Sanitation, dispensaries and jails vaccination Rajputana 1922-1927 - 1922-1927
Year: 1922
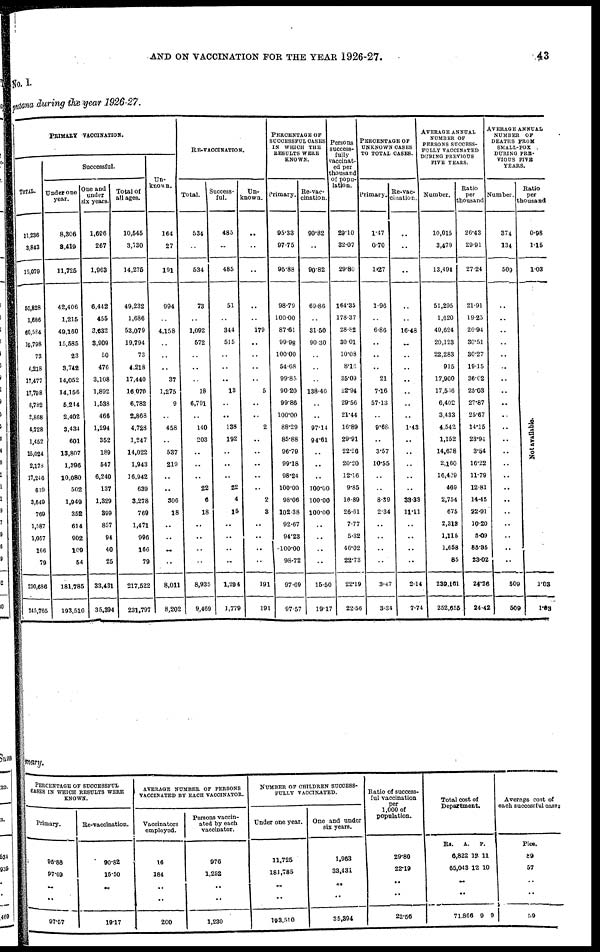
AND ON VACCINATION FOR THE YEAR 1926.27.
43
No.I
puatna during the year 1926-27.
PRIMARY VACCINATION.
TOTAL
11,236
3,843
15,079
50,828
1,686
60,584
19,798
73
4,218
17,477
17,798
6,782
2,868
4,728
1,452
15,024
2,173
17,246
639
3,649
769
1,587
1,057
166
79
230,686
245,765
Successful.
Under one
year.
8,806
3,419
11,725
42,406
1,215
49,160
15,585
23
8,742
14,062
14,166
5,244
2,402
3,434
601
13,807
1,396
10,080
502
1,949
352
614
902
109
54
181,785
193,510
One and
under
six years.
1,696
267
1,963
6,442
455
3,632
3,909
50
476
3,108
1,892
1,538
466
1,294
352
189
647
6,240
137
1,329
399
857
94
40
25
33,431
35,394
Total of
all ages.
10,545
3,730
14,275
49,232
1,686
53,079
19,794
73
4,218
17,440
16,070
6,782
2,868
4,728
1,247
14,022
1,943
16,942
639
3,278
769
1,471
996
166
79
217,522
231,797
Un-
known.
164
27
191
994
..
4,158
..
..
..
37
1,275
9
..
458
..
537
219
..
..
306
18
..
..
..
..
8,011
8,202
RE-VACCINATION.
Total.
534
..
534
73
..
1,092
572
..
..
..
18
6,791
..
140
203
..
..
..
22
6
18
..
..
..
..
8,935
9,469
Success-
ful.
485
..
485
51
..
344
515
..
..
..
13
..
..
138
192
..
..
..
22
4
16
..
..
..
..
1,294
1,779
Un¬
known.
..
..
..
..
..
179
..
..
..
..
5
..
..
2
..
..
..
..
..
2
3
..
..
..
..
191
191
PERCENTAGE OF
SUCCESSFUL CASES
IN WHICH THE
RESULTS WERE
KNOWN.
Primary.
95.33
97.75
95.88
98.79
100.00
87.61
99.98
100.00
54.68
99.85
90.20
99.86
100.00
88.29
85.88
96.79
99.18
98.24
100.00
98.06
102.38
92.67
94.23
100.00
98.72
97.69
97.57
Re-vac-
cination.
90.82
..
90.82
69.86
..
31.50
90.30
..
..
..
138.40
..
..
97.14
94.61
..
..
..
100.00
100.00
100.00
..
..
..
..
15.50
19.17
Persons
success-
fully
vaccinat-
ed per
thousand
of popu-
lation.
29.10
32.07
29.80
164.35
178.37
28.82
30.01
10.08
8.16
35.09
22.94
29.56
21.44
16.89
29.91
22.26
20.20
12.16
9.85
16.89
26.61
7.77
5.32
40.02
22.73
22.19
22.56
PERCENTAGE OF
UNKNOWN CASES
TO TOTAL CASES.
Primary.
1.47
0.70
1.27
1.96
..
6.86
..
..
..
21
7.16
57.13
..
9.68
..
3.57
10.55
..
..
8.39
2.34
..
..
..
..
3.47
3.34
Re-vac¬
cination.
..
..
..
..
..
16.48
..
..
..
..
..
..
..
1.43
..
..
..
..
..
33.33
11.11
..
..
..
..
2.14
7.74
AVERAGE ANNUAL
NUMBER OF
PERSONS SUCCESS-
FULLY VACCINATED
DURING PREVIOUS
FIVE YEARS.
Number.
10,015
3,479
13,494
51,295
1,620
49,624
20,123
22,283
915
17,900
17,536
6,402
3,433
4,542
1,152
14,678
2,160
16,429
469
2,754
675
2,318
1,115
1,658
85
239,161
252,656
Ratio
per
thousand
26.43
29.91
27.24
21.91
19.25
26.94
30.51
30.27
19.15
36.02
25.03
27.87
25.67
14.15
23.94
3.54
16.22
11.79
12.81
14.45
22.91
10.20
5.09
85.35
23.02
24.26
24.42
AVERAGE ANNUAL
NUMBER OF
DEATHS FROM
SMALL-POX
DURING PRE-
VIOUS FIVE
YEARS.
Number.
374
134
509
..
..
..
..
..
..
..
..
..
..
..
..
..
..
..
..
..
..
..
..
..
509
509
Ratio
per
thousand
0.98
1.15
1.03
Not available.
1.03
1.69
mary.
PERCENTAGE OF SUCCESSFUL
CASES IN WHICH RESULTS WERE
KNOWN.
Primary.
96.88
87.69
..
..
97.67
Re-vaccination.
90.82
15.50
..
..
19.17
AVERAGE NUMBER OF PERSONS
VACCINATED BY EACH VACCINATOR.
Vaccinators
employed.
16
184
..
..
200
Persons vaccin-
ated by each
vaccinator.
976
1,252
..
..
1,230
NUMBER OF CHILDREN SUCCESS-
FULLY VACCINATED.
Under one year.
11,725
181,785
..
..
193,510
One and under
six years.
1,963
33,431
..
..
35,394
Ratio of success-
ful vaccination
per
1,000 of
population.
29.80
22.19
..
..
22.56
Total cost of
Department.
Rs.
6,822
65,043
A.
12
12
P.
11
10
..
..
71,866 9 9
Average cost of
each successful case.
Pies.
89
57
..
..
59